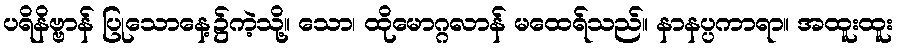
ပရိနိဗ္ဗာန် ပြုသောနေ့၌ကဲ့သို့။ သော၊ ထိုမောဂ္ဂလာန် မထေရ်သည်။ နာနပ္ပကာရာ။ အထူးထူး